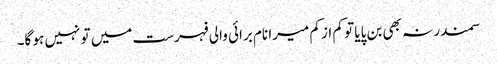
سمندر نہ بھی بن پایا تو کم از کم میرا نام برائی والی فہرست میں تو نہیں ہو گا۔